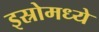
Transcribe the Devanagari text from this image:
इस्रोमध्ये